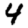
Digit: 4